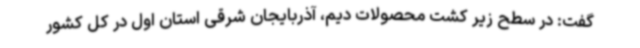
گفت: در سطح زیر کشت محصولات دیم، آذربایجان شرقی استان اول در کل کشور